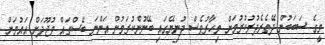
މީގެ ސަބަބުން ދޭތެރެދުރުކުރުމަށް މިހާރުވެސް ދުނިޔޭގައި ބޭނުންކުރަމުން އަންނަ ބޭސްތައް ވުޖޫދަށް އައުމަށް